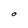
Character: O